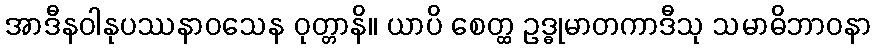
အာဒီနဝါနုပဿနာဝသေန ဝုတ္တာနိ။ ယာပိ စေတ္ထ ဥဒ္ဓုမာတကာဒီသု သမာဓိဘာဝနာ